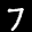
Label: 7